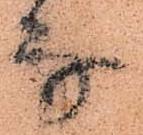
な